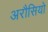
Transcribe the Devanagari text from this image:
अरौसियो